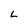
Character: L